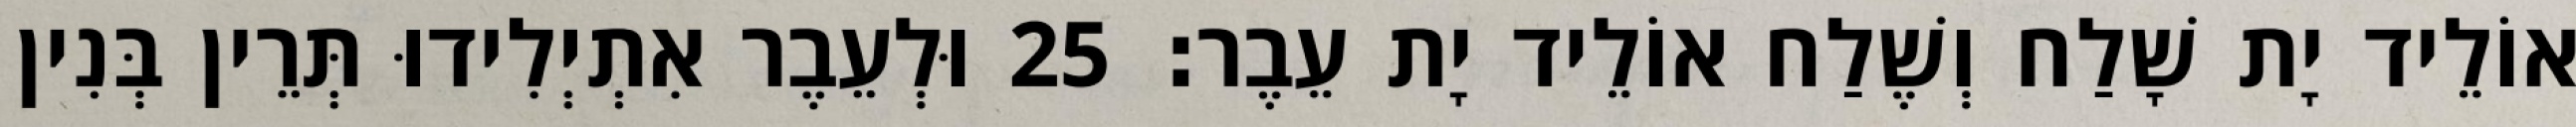
אוֹלֵיד יָת שָׁלַח וְשֶׁלַח אוֹלֵיד יָת עֵבֶר׃ 25 וּלְעֵבֶר אִתְיְלִידוּ תְּרֵין בְּנִין